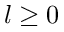
l \geq 0